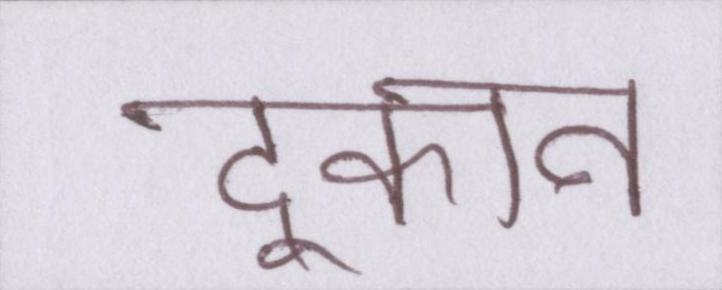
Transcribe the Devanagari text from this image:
दूकान